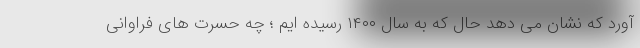
آورد که نشان می دهد حال که به سال ۱۴۰۰ رسیده ایم ؛ چه حسرت های فراوانی